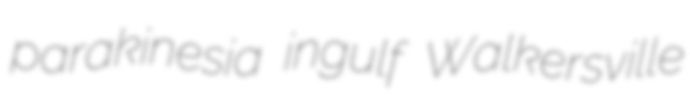
parakinesia ingulf Walkersville